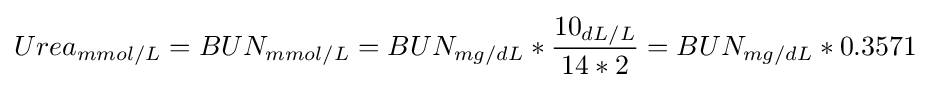
Urea_{mmol/L}=BUN_{mmol/L}=BUN_{mg/dL}*{\frac {10_{dL/L}}{14*2}}=BUN_{mg/dL}*0.3571